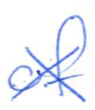
Text: of
Cross-out: cross
Writing tool: ballpoint